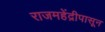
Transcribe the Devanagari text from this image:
राजमहेंद्रीपासून